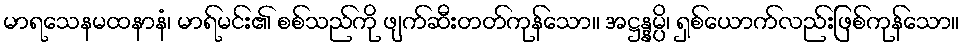
မာရသေနမထနာနံ၊ မာရ်မင်း၏ စစ်သည်ကို ဖျက်ဆီးတတ်ကုန်သော။ အဋ္ဌန္နမ္ပိ၊ ရှစ်ယောက်လည်းဖြစ်ကုန်သော။